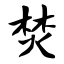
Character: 焚